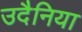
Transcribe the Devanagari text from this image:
उदैनिया